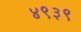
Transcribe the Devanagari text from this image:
४९३९